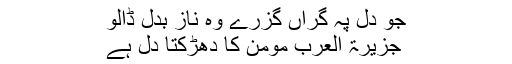
جو دل پہ گراں گزرے وہ ناز بدل ڈالو
جزیرۃ العرب مومن کا دھڑکتا دل ہے